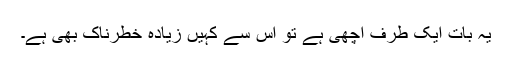
یہ بات ایک طرف اچھی ہے تو اس سے کہیں زیادہ خطرناک بھی ہے۔